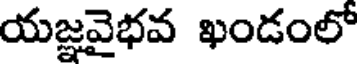
యజ్ఞవైభవ ఖండంలో